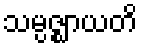
သမ္ပဇ္ဈာယတိ